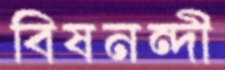
বিষনন্দী